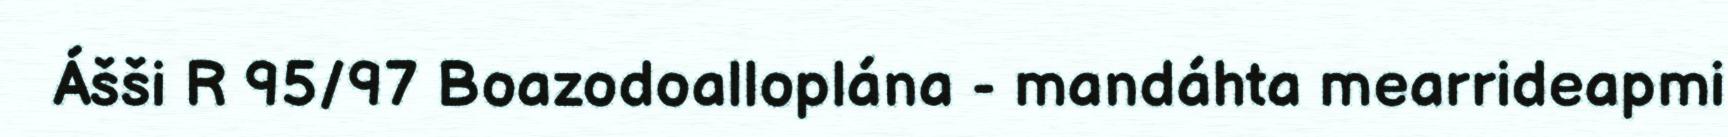
Ášši R 95/97 Boazodoalloplána - mandáhta mearrideapmi